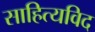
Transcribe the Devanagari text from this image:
साहित्यविद